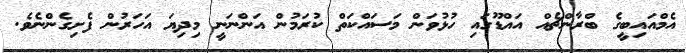
އެމްއައިބީގެ ބްރާންޗެއް އައްޑޫގައި ހުޅުވަން މަސައްކަތް ކުރަމުން އަންނަނީ މިދިޔަ އަހަރުން ފެށިގެންނެވެ.